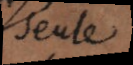
seule